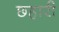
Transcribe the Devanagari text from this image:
छहारी